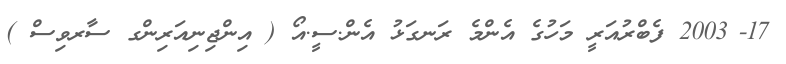
17-	2003 ފެބްރުއަރީ މަހުގެ އެންމެ ރަނގަޅު އެން.ސީ.އޯ ( އިންޖިނިއަރިންގ ސާރވިސް )